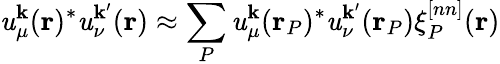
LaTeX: \mathit{u}_{\mu}^{\mathbf{{k}}}(\mathbf{{r}})^{*}\mathit{u}_{\nu}^{\mathbf{{k}}^{\prime}}(\mathbf{{r}})\approx\sum_{P}\mathit{u}_{\mu}^{\mathbf{{k}}}(\mathbf{{r}}_{P})^{*}\mathit{u}_{\nu}^{\mathbf{{k}}^{\prime}}(\mathbf{{r}}_{P})\xi_{P}^{[nn]}(\mathbf{{r}})